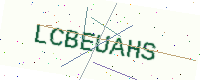
Text: LCBEUAHS